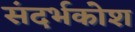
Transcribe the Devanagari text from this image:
संदर्भकोश